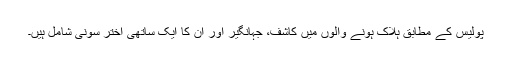
پولیس کے مطابق ہلاک ہونے والوں میں کاشف، جہانگیر اور ان کا ایک ساتھی اختر سونی شامل ہیں۔